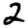
Digit: 2